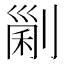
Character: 𠞜